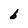
Character: b